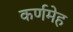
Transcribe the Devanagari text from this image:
कर्णमेह